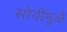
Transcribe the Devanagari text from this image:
सोयींमुळे